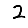
Digit: 2